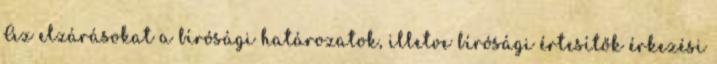
Az elzárásokat a bírósági határozatok, illetve bírósági értesítők érkezési